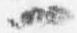
一